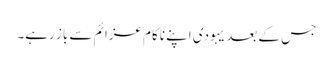
جس کے بعد یہودی اپنے ناکام عزائم سے باز رہے۔